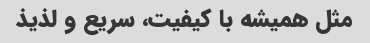
مثل همیشه با کیفیت، سریع و لذیذ